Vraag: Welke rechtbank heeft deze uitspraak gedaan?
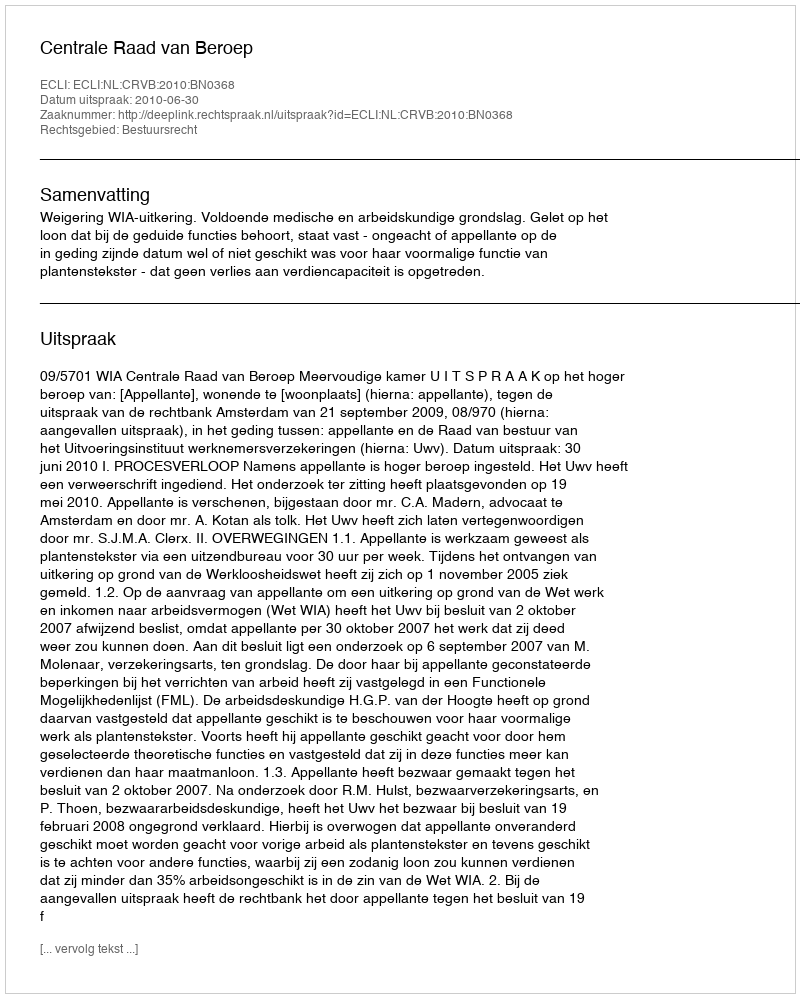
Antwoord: Centrale Raad van Beroep